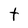
Character: t